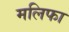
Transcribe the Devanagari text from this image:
मलिफा